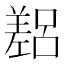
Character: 𫶴